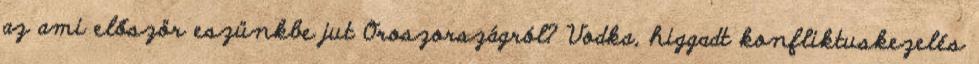
az ami először eszünkbe jut Oroszországról? Vodka, higgadt konfliktuskezelés